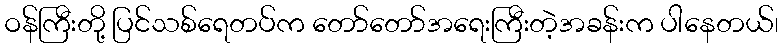
ဝန်ကြီးတို့ ပြင်သစ်ရေတပ်က တော်တော်အရေးကြီးတဲ့အခန်းက ပါနေတယ်၊